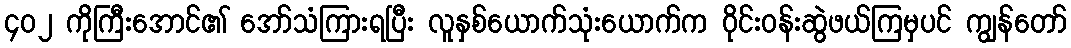
၄၀၂ ကိုကြီးအောင်၏ အော်သံကြားရပြီး လူနှစ်ယောက်သုံးယောက်က ဝိုင်းဝန်းဆွဲဖယ်ကြမှပင် ကျွန်တော်